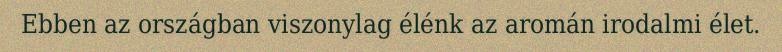
Ebben az országban viszonylag élénk az aromán irodalmi élet.